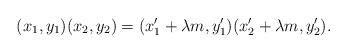
LaTeX: \begin{align*}(x_1,y_1)(x_2,y_2)= (x'_1+\lambda m,y'_1)(x'_2+\lambda m,y'_2).\end{align*}